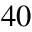
4 0